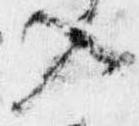
入